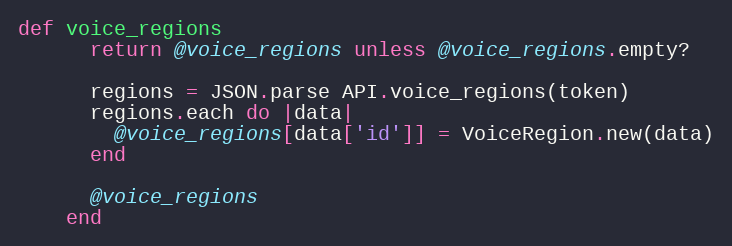
Language: Ruby
def voice_regions
      return @voice_regions unless @voice_regions.empty?

      regions = JSON.parse API.voice_regions(token)
      regions.each do |data|
        @voice_regions[data['id']] = VoiceRegion.new(data)
      end

      @voice_regions
    end